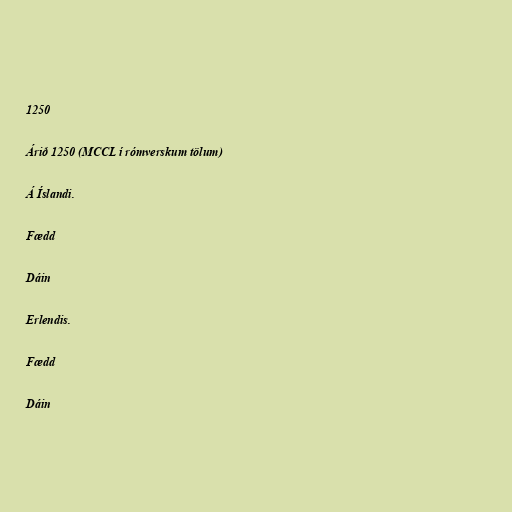
1250

Árið 1250 (MCCL í rómverskum tölum)

Á Íslandi.

Fædd

Dáin

Erlendis.

Fædd

Dáin